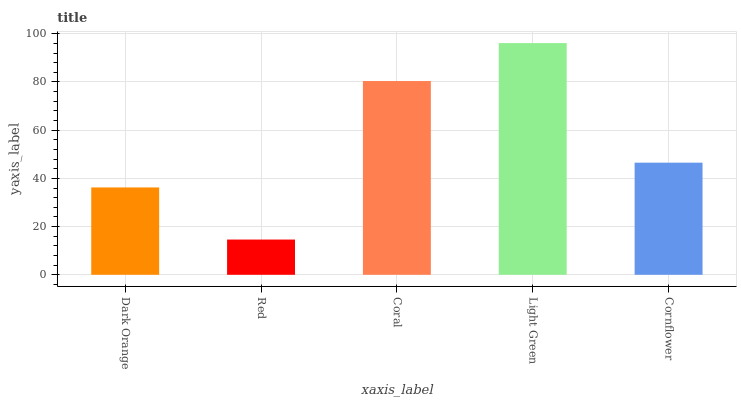
| xaxis_label | bars |
 | --- | --- |
 | Dark Orange | 36.2 |
 | Red | 14.6 |
 | Coral | 80.4 |
 | Light Green | 96.1 |
 | Cornflower | 46.5 |